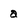
Character: a